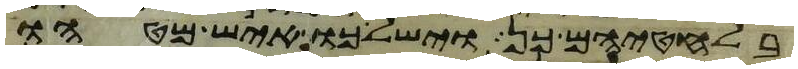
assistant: בלחטיהם כן וישלכו איש מטהו